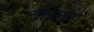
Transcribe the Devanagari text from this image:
दोहरानों